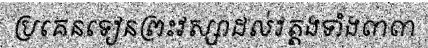
ប្រគេនទៀនព្រះវស្សាដល់វត្តងទាំង៣៣